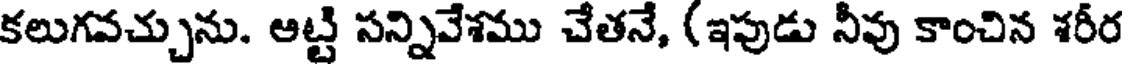
కలుగవచ్చును. అట్టి సన్నివేశము చేతనే, (ఇపుడు నీవు కాంచిన శరీర